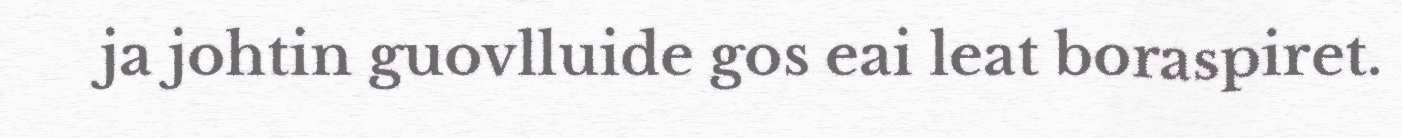
ja johtin guovlluide gos eai leat boraspiret.